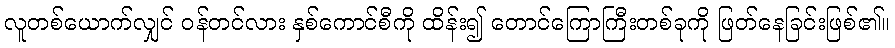
လူတစ်ယောက်လျှင် ဝန်တင်လား နှစ်ကောင်စီကို ထိန်း၍ တောင်ကြောကြီးတစ်ခုကို ဖြတ်နေခြင်းဖြစ်၏။